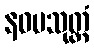
နဝမသုတ္တံ